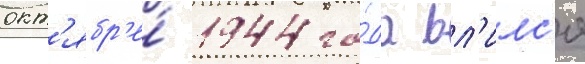
окт'ябр'е́ 1944 го́да вл'илс'я